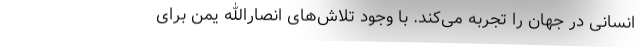
انسانی در جهان را تجربه می‌کند. با وجود تلاش‌های انصارالله یمن برای